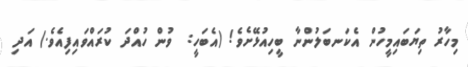
މިހާރު ތިޔަބައިމީހުން އެކަނބަލުންނާ ބީހިއުޅޭށެވެ! (އެބަހީ:  ވުން ހުއްދަ ކުރައްވައިފިއެވެ.) އަދި